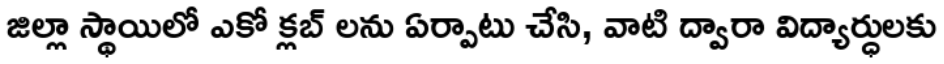
జిల్లా స్థాయిలో ఎకో క్లబ్ లను ఏర్పాటు చేసి, వాటి ద్వారా విద్యార్ధులకు